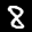
Label: 8